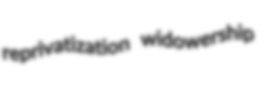
reprivatization widowership